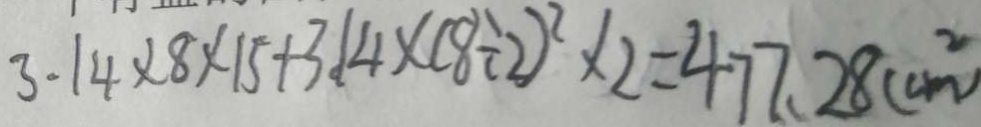
3 . 1 4 \times 8 \times 1 5 + 3 . 1 4 \times ( 8 \div 2 ) ^ { 2 } \times 2 = 4 7 7 . 2 8 ( c m ^ { 2 } )